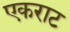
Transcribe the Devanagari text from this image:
एकराट